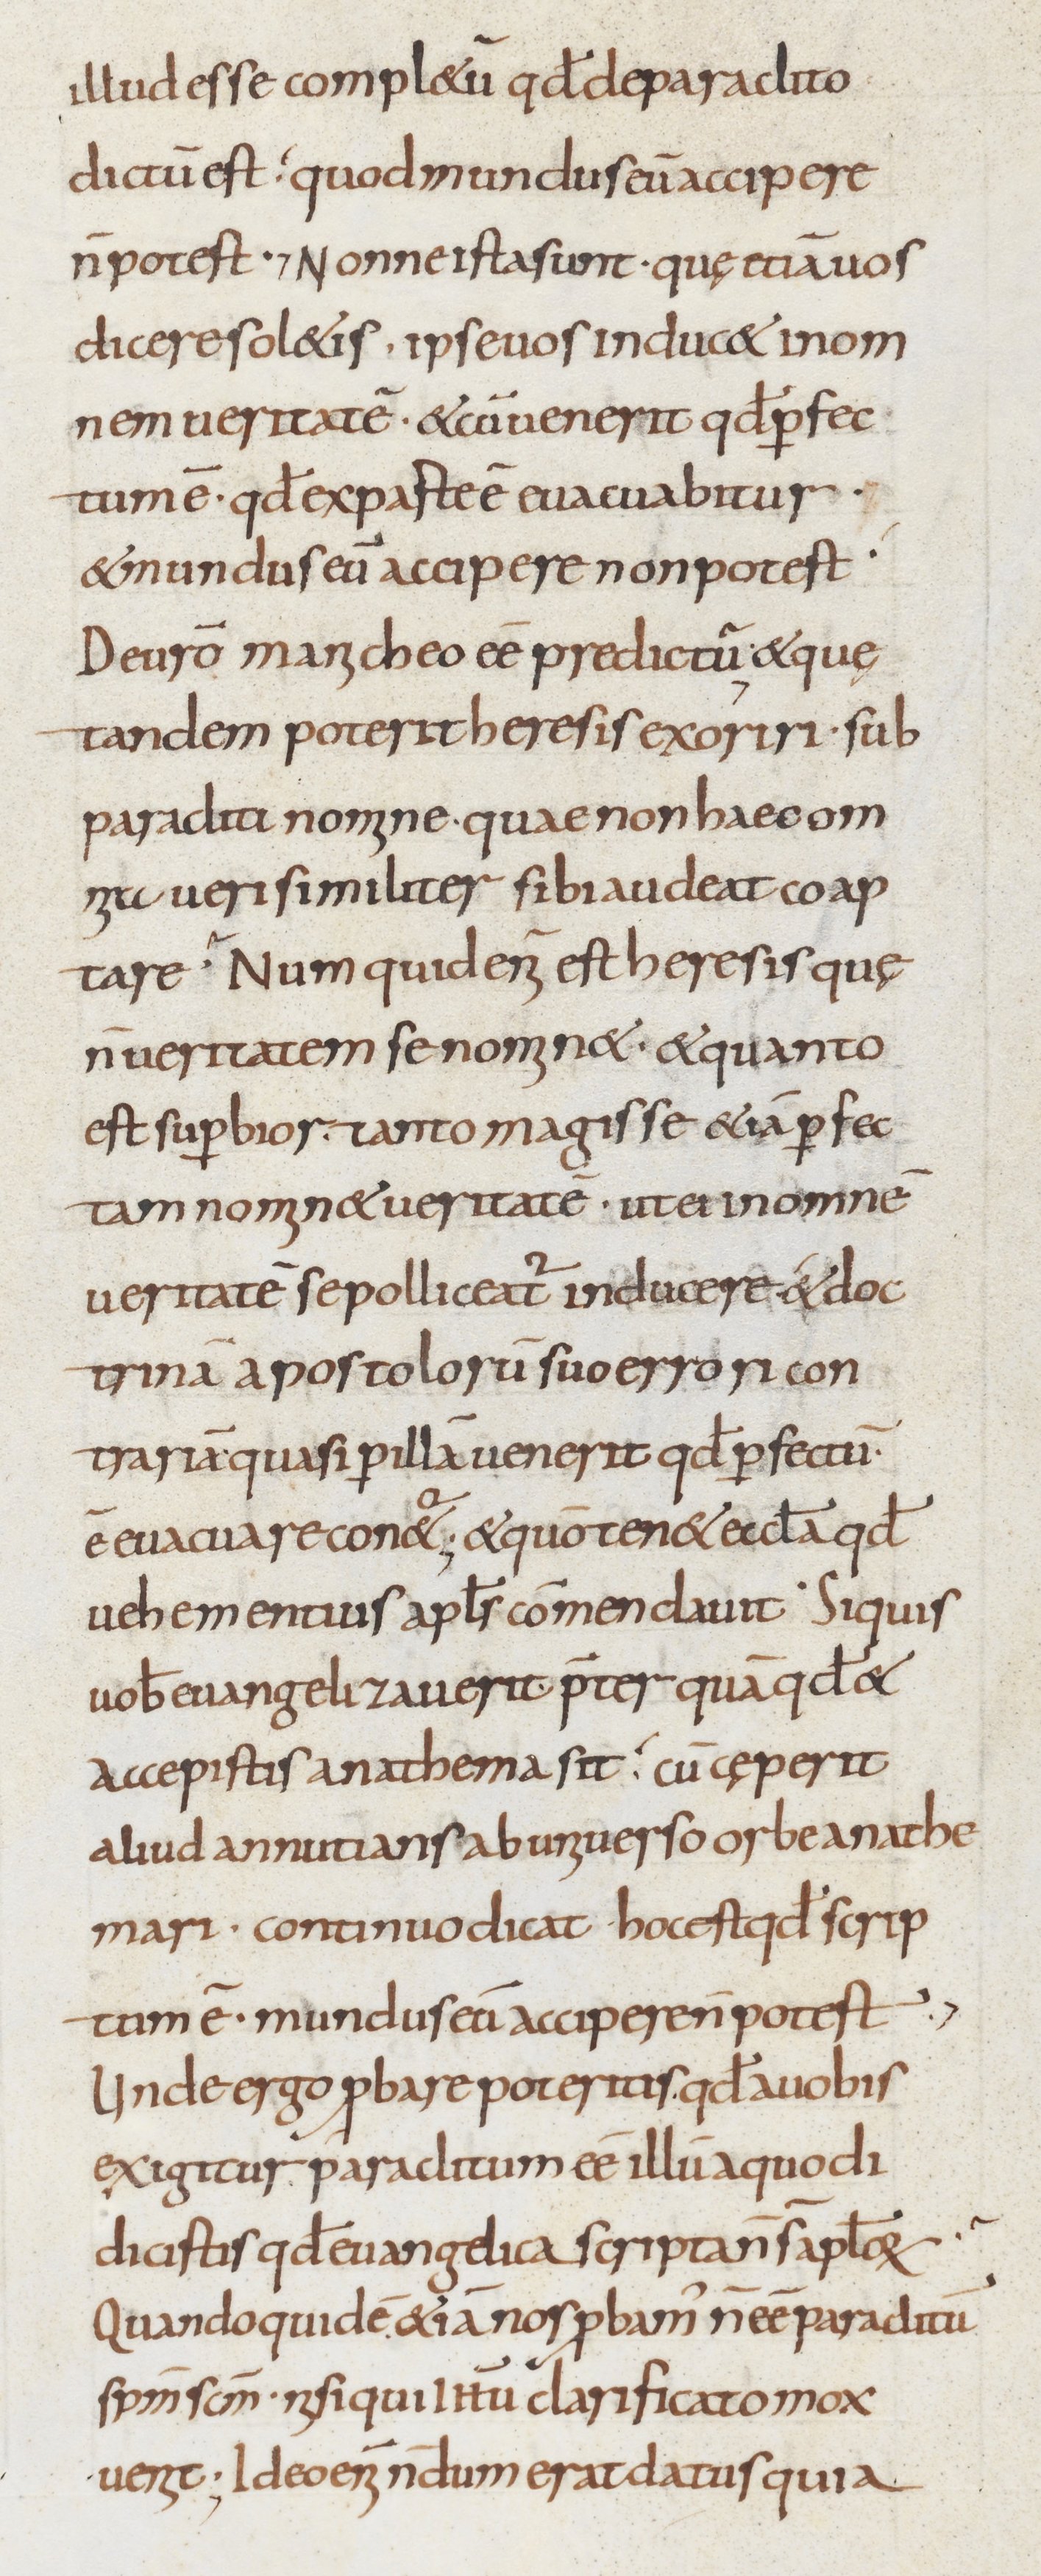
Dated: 800–899